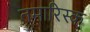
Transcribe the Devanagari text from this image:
तमारिस्क